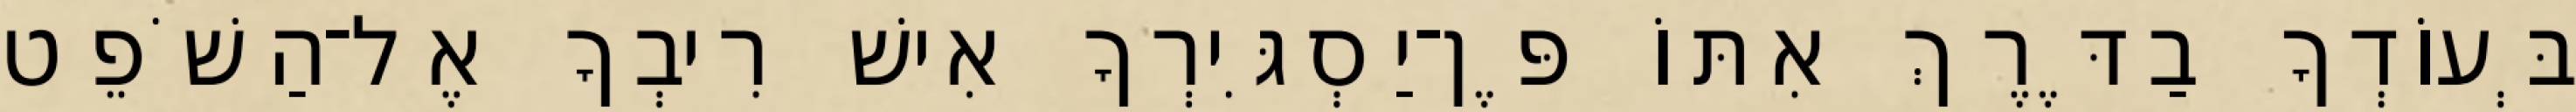
בְּעוֹדְךָ בַדֶּרֶךְ אִתּוֹ פֶּן־יַסְגִּירְךָ אִישׁ רִיבְךָ אֶל־הַשֹׁפֵט